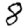
Digit: 8